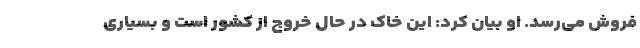
فروش می‌رسد. او بیان کرد: این خاک در حال خروج از کشور است و بسیاری